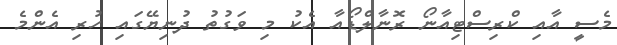
މެސީ އާއި ކްރިސްޓިއާނޯ ރޮނާލްޑޯއާ އެކު މި ވަގުތު ދުނިޔޭގައި ހުރި އެންމެ